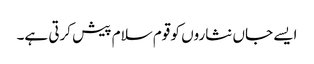
ایسے جاں نثاروں کو قوم سلام پیش کرتی ہے۔